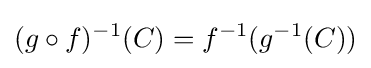
(g\circ f)^{-1}(C)=f^{-1}(g^{-1}(C))